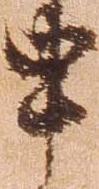
申